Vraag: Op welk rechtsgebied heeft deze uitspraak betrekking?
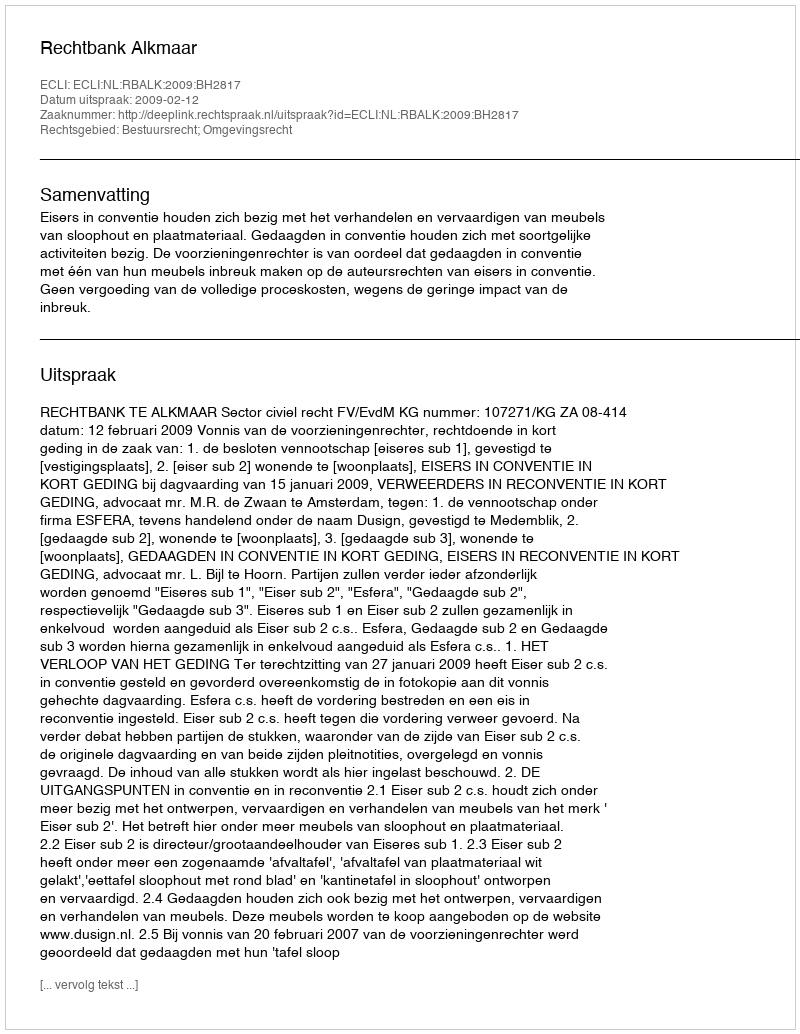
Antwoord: Bestuursrecht; Omgevingsrecht